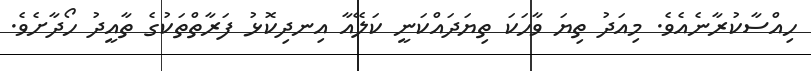
ހިއްސާކުރާނެއެވެ. މިއަދު ތިޔަ ވާހަކަ ތިޔަދައްކަނީ ކަލޭއާ އިނދިކޮޅު ފަރާތްތަކުގެ ތާއީދު ހޯދާށެވެ.